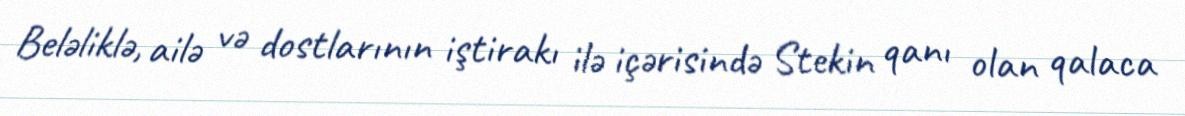
Beləliklə, ailə və dostlarının iştirakı ilə içərisində Stekin qanı olan qalaca